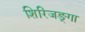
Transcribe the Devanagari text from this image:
शिरिजङ्गा